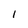
Character: l